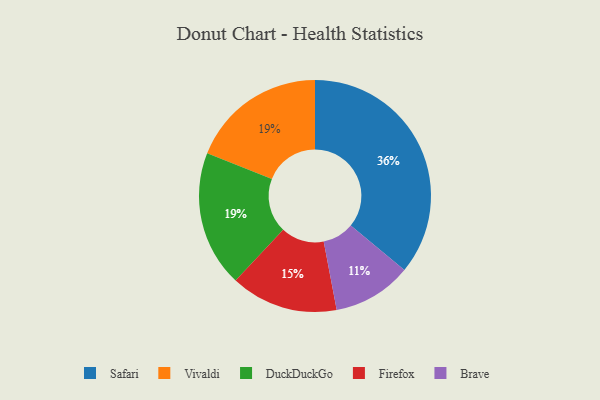
{"axis": {"x": "Category", "y": "Percentage"}, "legend": ["Brave", "DuckDuckGo", "Firefox", "Safari", "Vivaldi"], "data": [{"x": "Firefox", "y": 15, "type": "Firefox"}, {"x": "Vivaldi", "y": 19, "type": "Vivaldi"}, {"x": "Brave", "y": 11, "type": "Brave"}, {"x": "Safari", "y": 36, "type": "Safari"}, {"x": "DuckDuckGo", "y": 19, "type": "DuckDuckGo"}]}